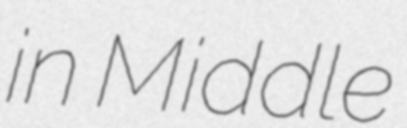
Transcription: in Middle